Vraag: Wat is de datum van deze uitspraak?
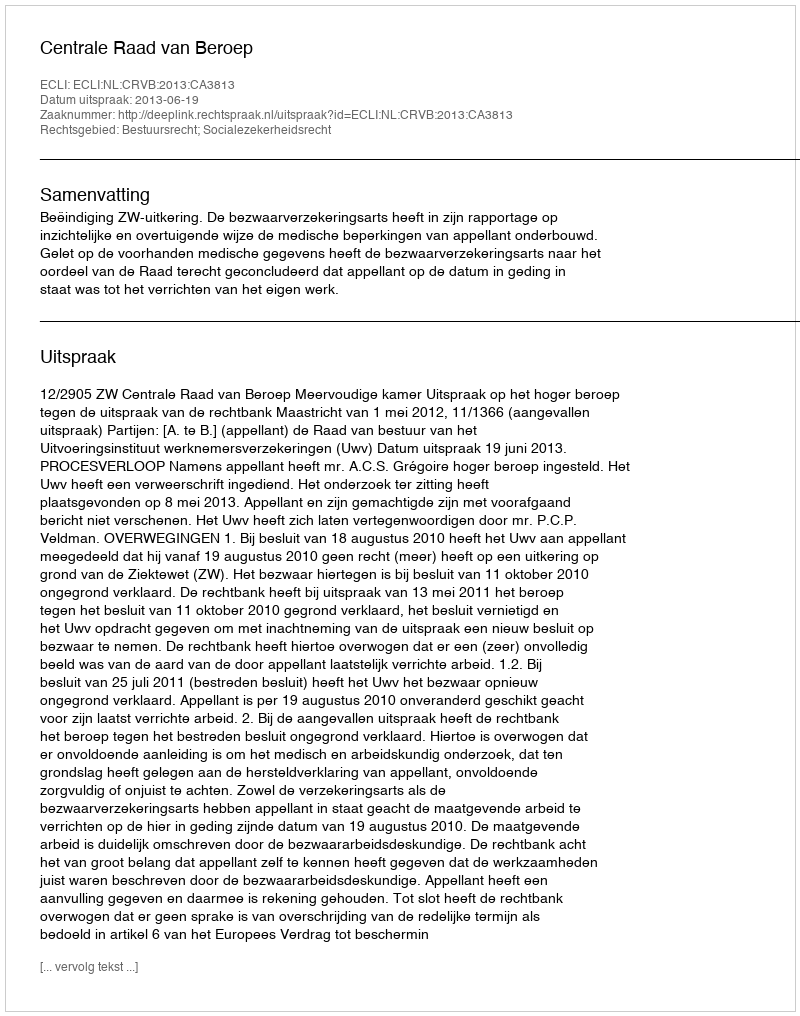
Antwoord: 2013-06-19